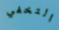
التخفي